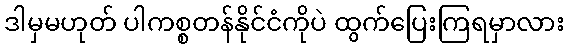
ဒါမှမဟုတ် ပါကစ္စတန်နိုင်ငံကိုပဲ ထွက်ပြေးကြရမှာလား